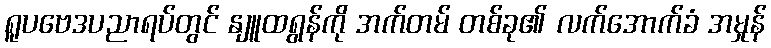
ရူပဗေဒပညာရပ်တွင် နျူထရွန်ကို အက်တမ် တစ်ခု၏ လက်အောက်ခံ အမှုန်